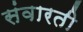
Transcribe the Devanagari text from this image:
संवारती